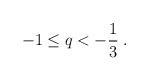
LaTeX: \begin{align*}- 1 \le q < - \frac{1}{3} \; .\end{align*}